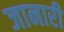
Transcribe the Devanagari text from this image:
जानारी